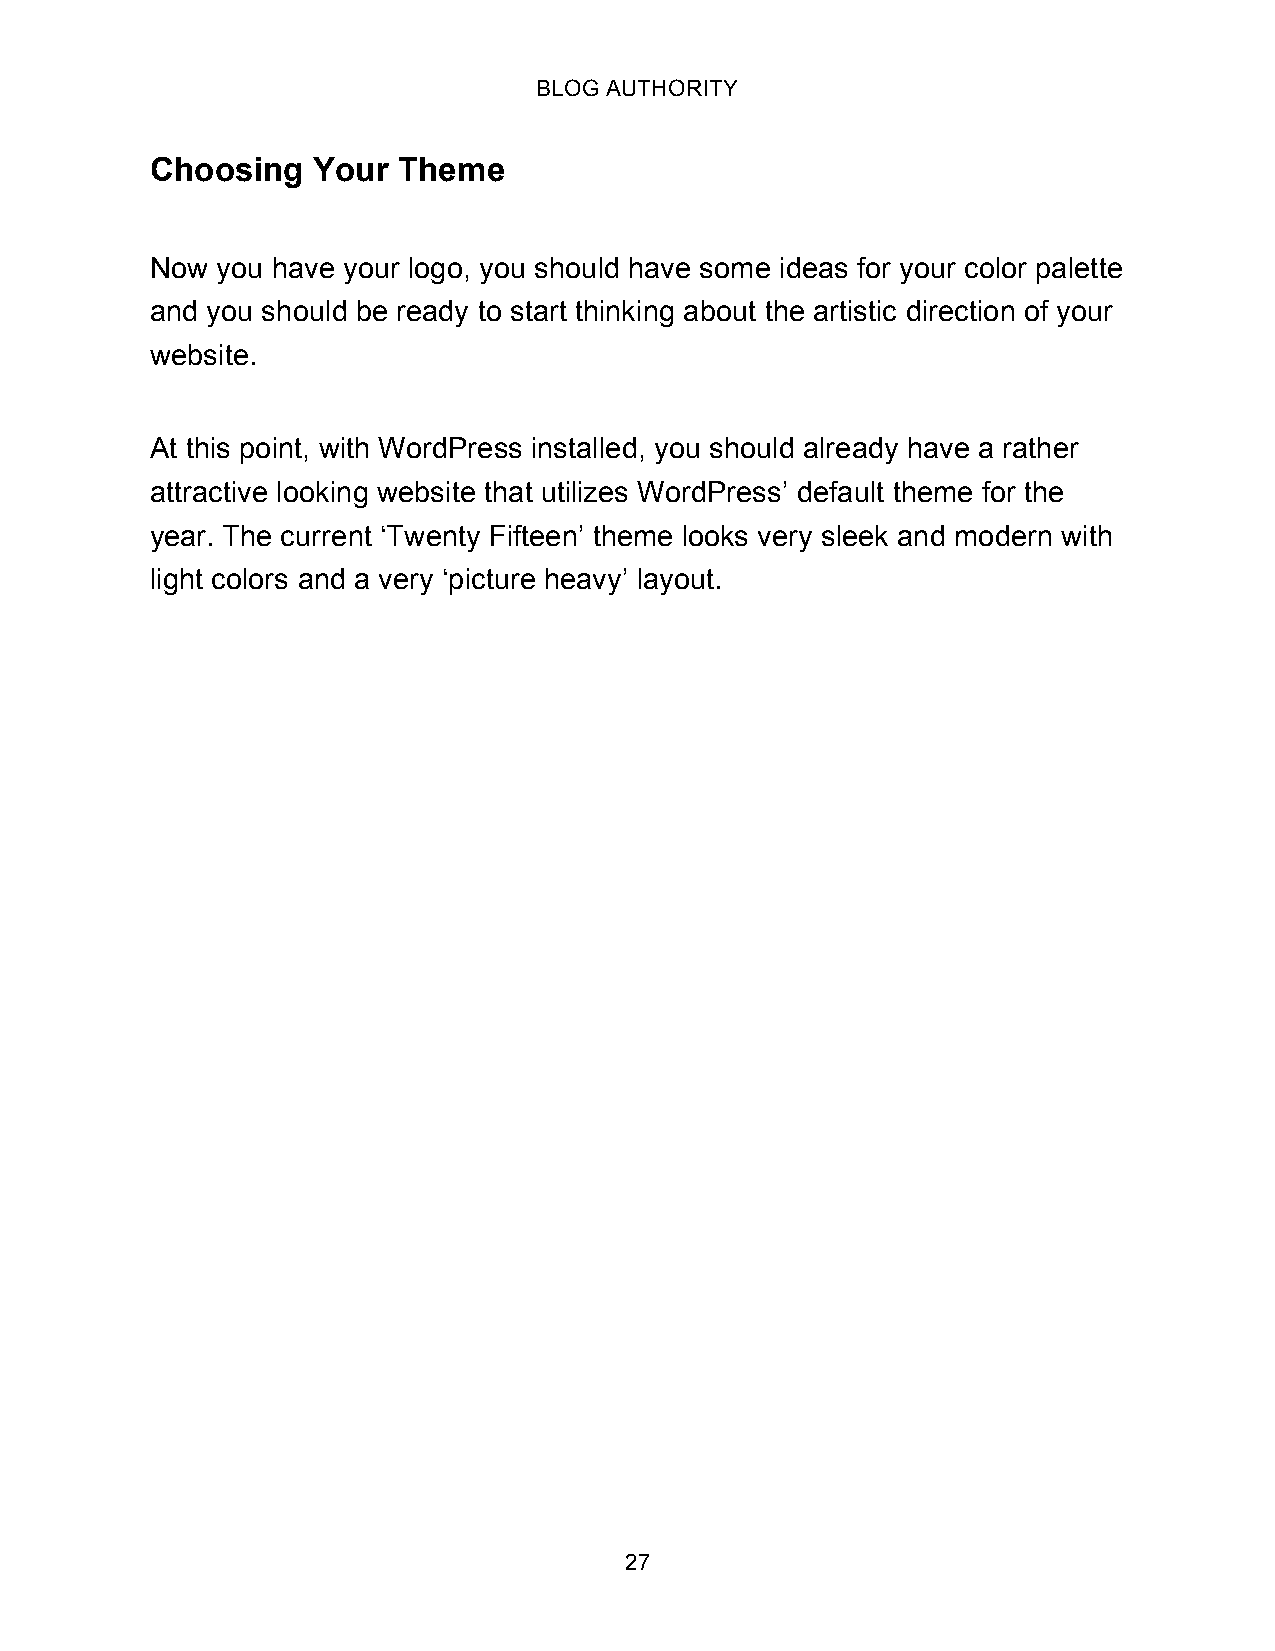
BLOG AUTHORITY
 Choosing   Your Theme
 Now you have your logo, you should have some ideas for your color palette
 and you should be ready to start thinking about the artistic direction of your
 website.
 At this point, with WordPress installed, you should already have a rather
 attractive looking website that utilizes WordPress’ default theme for the
 year. The current ‘Twenty Fifteen’ theme looks very sleek and modern with
 light colors and a very ‘picture heavy’ layout.
 27